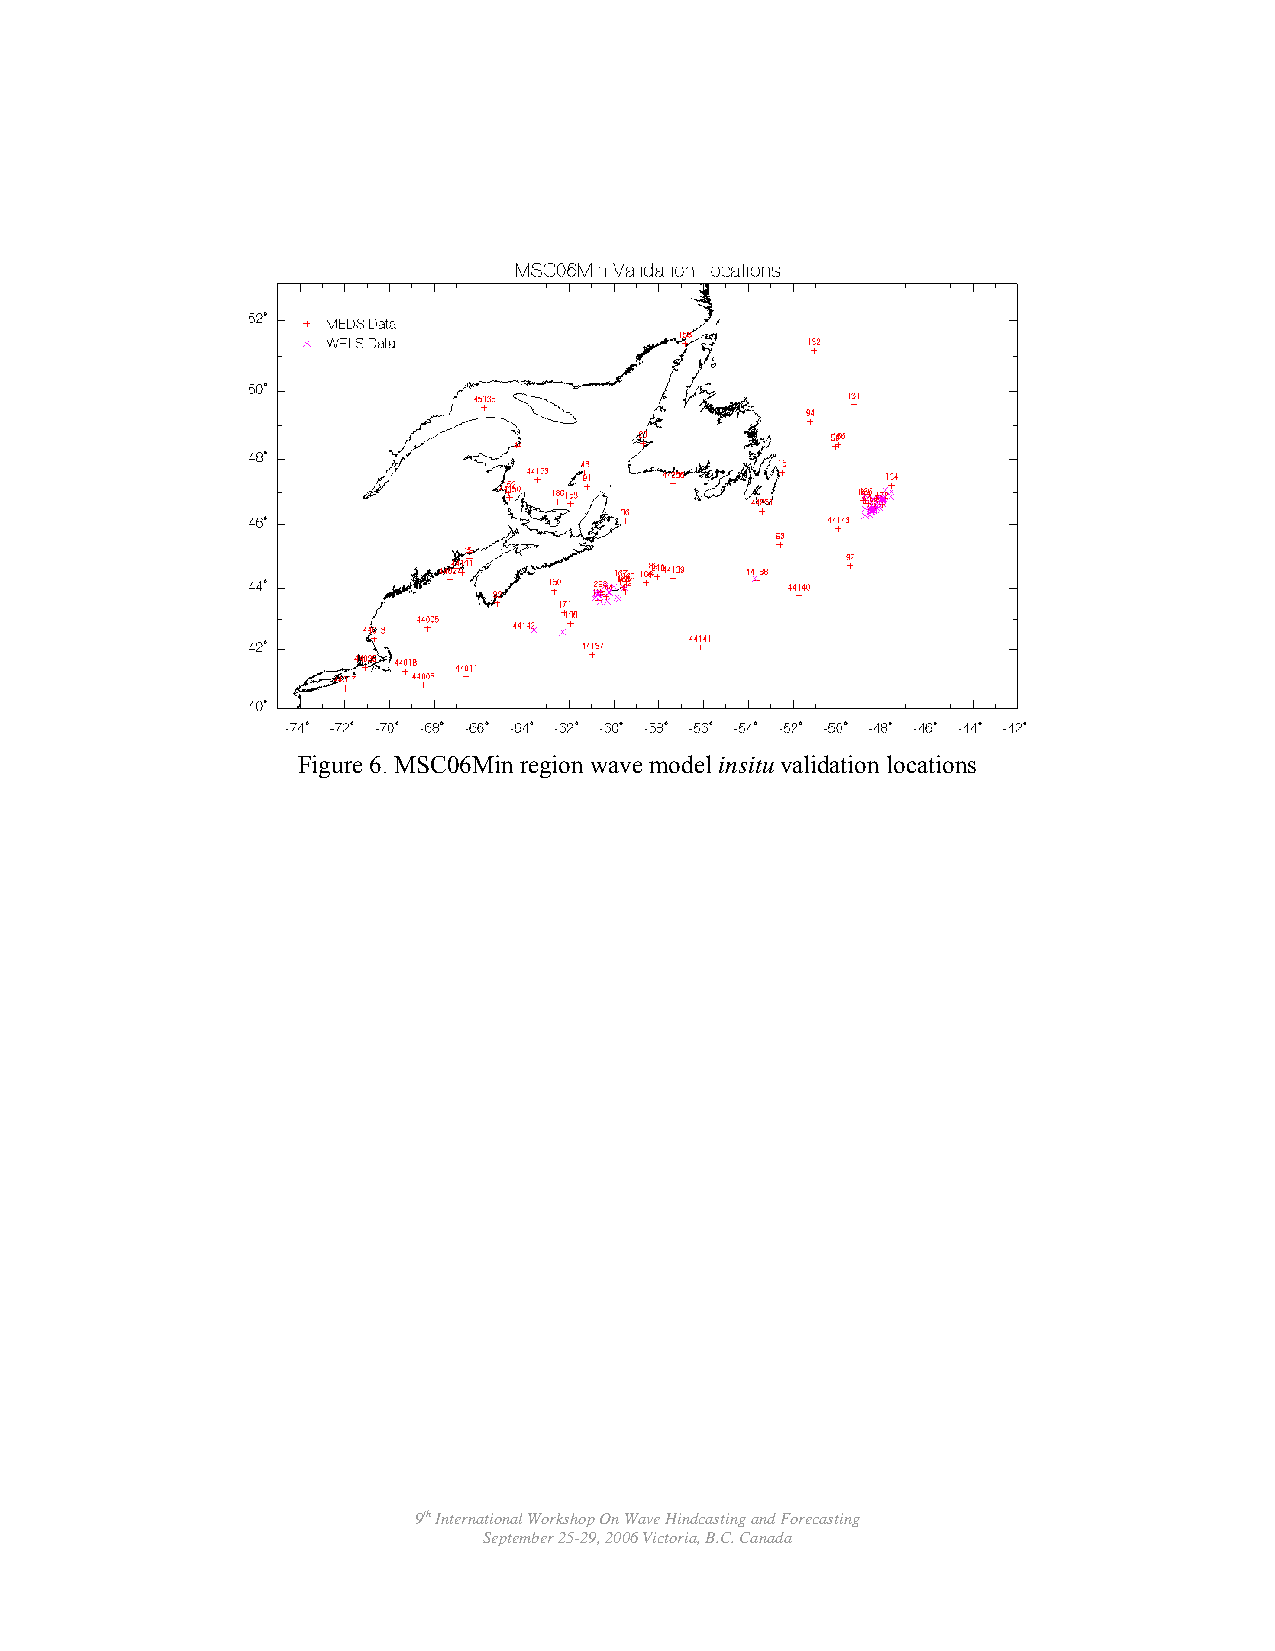
Figure 6. MSC06Min region wave model insitu validation locations
 9th International Workshop On Wave Hindcasting and Forecasting
 September 25-29, 2006 Victoria, B.C. Canada